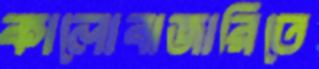
কালোবাজারিতে